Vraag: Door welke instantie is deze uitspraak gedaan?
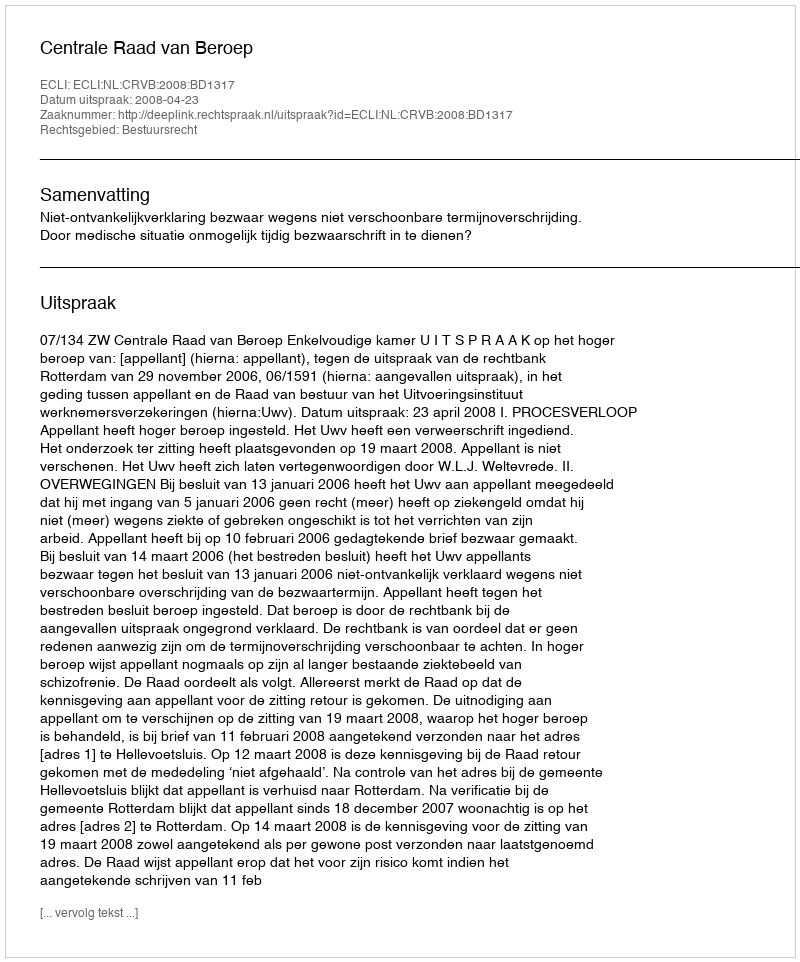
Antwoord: Centrale Raad van Beroep